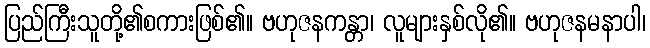
ပြည်ကြီးသူတို့၏စကားဖြစ်၏။ ဗဟုဇနကန္တာ၊ လူများနှစ်လို၏။ ဗဟုဇနမနာပါ၊